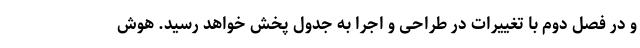
و در فصل دوم با تغییرات در طراحی و اجرا به جدول پخش خواهد رسید. هوش